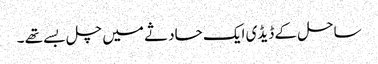
ساحل کے ڈیڈی ایک حادثے میں چل بسے تھے ۔